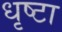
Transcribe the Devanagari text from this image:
धृष्टा